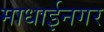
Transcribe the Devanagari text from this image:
माधाईनगर